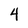
Character: 4